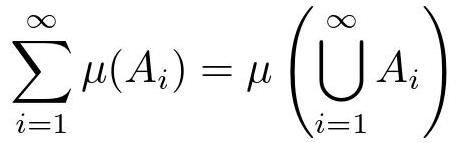
\[
\sum_{i = 1}^{\infty} \mu(A_i) = \mu \left( \bigcup_{i = 1}^{\infty} A_i \right)
\]